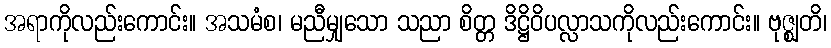
အရာကိုလည်းကောင်း။ အသမံစ၊ မညီမျှသော သညာ စိတ္တ ဒိဋ္ဌိဝိပလ္လာသကိုလည်းကောင်း။ ဗုဇ္ဈတိ၊